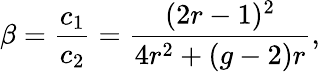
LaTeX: \beta=\frac{c_{1}}{c_{2}}=\frac{(2r-1)^{2}}{4r^{2}+(g-2)r},